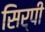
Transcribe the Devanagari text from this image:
सिर्पी